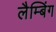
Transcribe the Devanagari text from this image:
लैम्बिंग